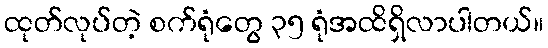
ထုတ်လုပ်တဲ့ စက်ရုံတွေ ၃၅ ရုံအထိရှိလာပါတယ်။